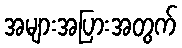
အများအပြားအတွက်